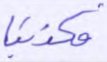
فكذبنا